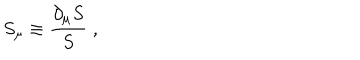
S _ { \mu } \equiv \frac { \partial _ { \mu } S } { S } \; ,